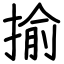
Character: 揄